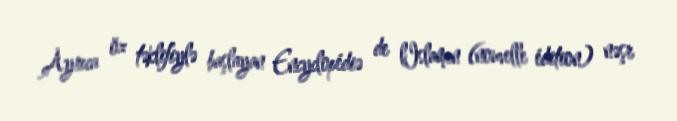
Ayrıca öz təklifiylə başlayan Encyclopédiə de lIslamın (nouvelle édition) nəşr